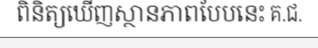
ពិនិត្យឃើញស្ថានភាពបែបនេះ គ.ជ.